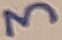
Text: 3